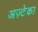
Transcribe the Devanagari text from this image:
अज़्टेका